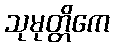
သုမုတ္တိကေ